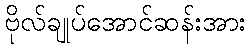
ဗိုလ်ချုပ်အောင်ဆန်းအား